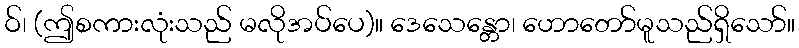
ဝ်၊ (ဤစကားလုံးသည် မလိုအပ်ပေ)။ ဒေသေန္တော၊ ဟောတော်မူသည်ရှိသော်။